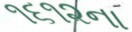
૧૬૧૨ના